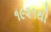
૧૯૨૧થી